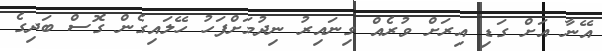
އޭނާ އަށް ގަޑި އިރަށް ވުރެއް ގިނައިރު ނިދުމަށްފަހު ހޭލައިގެން ގޮސް ބަދިގެ